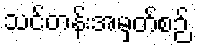
သင်တန်းအမှတ်စဉ်